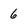
Character: 6